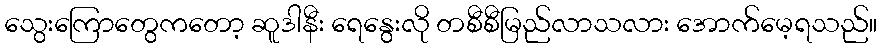
သွေးကြောတွေကတော့ ဆူဒါနီး ရေနွေးလို တစီစီမြည်လာသလား အောက်မေ့ရသည်။